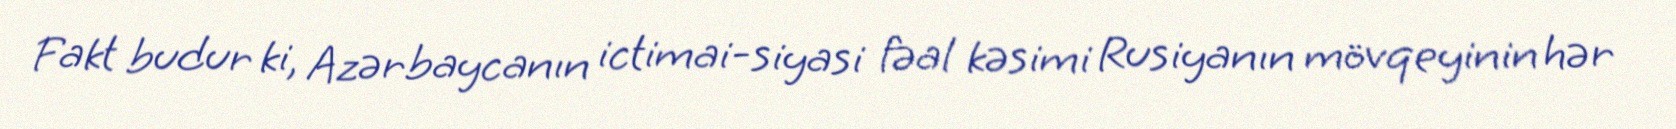
Fakt budur ki, Azərbaycanın ictimai-siyasi fəal kəsimi Rusiyanın mövqeyinin hər